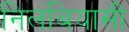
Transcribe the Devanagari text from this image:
निलंबियासी